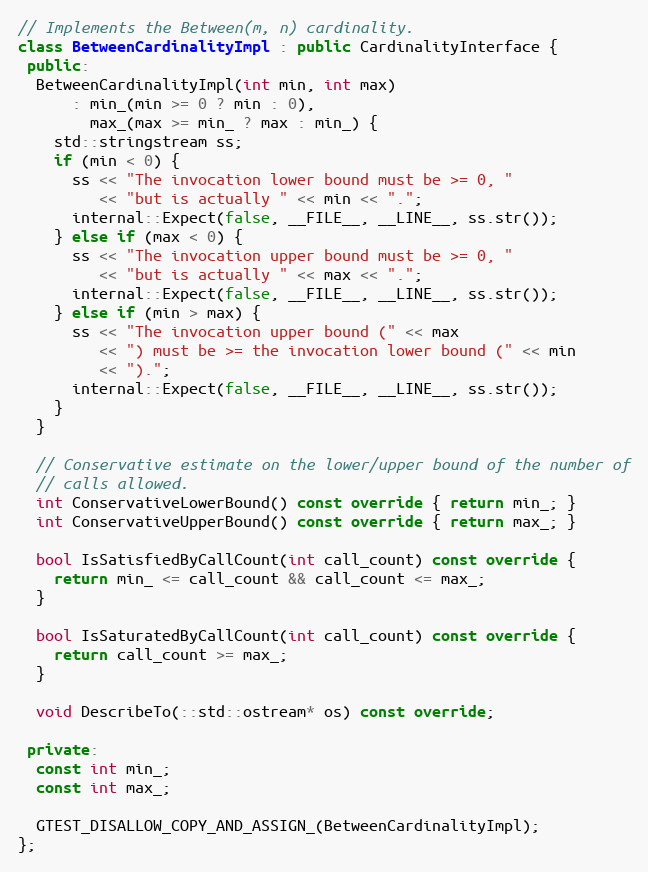
Language: C++
// Implements the Between(m, n) cardinality.
class BetweenCardinalityImpl : public CardinalityInterface {
 public:
  BetweenCardinalityImpl(int min, int max)
      : min_(min >= 0 ? min : 0),
        max_(max >= min_ ? max : min_) {
    std::stringstream ss;
    if (min < 0) {
      ss << "The invocation lower bound must be >= 0, "
         << "but is actually " << min << ".";
      internal::Expect(false, __FILE__, __LINE__, ss.str());
    } else if (max < 0) {
      ss << "The invocation upper bound must be >= 0, "
         << "but is actually " << max << ".";
      internal::Expect(false, __FILE__, __LINE__, ss.str());
    } else if (min > max) {
      ss << "The invocation upper bound (" << max
         << ") must be >= the invocation lower bound (" << min
         << ").";
      internal::Expect(false, __FILE__, __LINE__, ss.str());
    }
  }

  // Conservative estimate on the lower/upper bound of the number of
  // calls allowed.
  int ConservativeLowerBound() const override { return min_; }
  int ConservativeUpperBound() const override { return max_; }

  bool IsSatisfiedByCallCount(int call_count) const override {
    return min_ <= call_count && call_count <= max_;
  }

  bool IsSaturatedByCallCount(int call_count) const override {
    return call_count >= max_;
  }

  void DescribeTo(::std::ostream* os) const override;

 private:
  const int min_;
  const int max_;

  GTEST_DISALLOW_COPY_AND_ASSIGN_(BetweenCardinalityImpl);
};